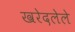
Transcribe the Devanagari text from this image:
खरेदलेले